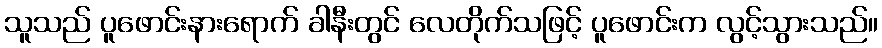
သူသည် ပူဖောင်းနားရောက် ခါနီးတွင် လေတိုက်သဖြင့် ပူဖောင်းက လွင့်သွားသည်။